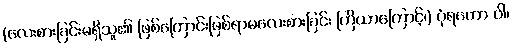
(လေးစားခြင်းမရှိသူ၏ ဖြစ်ကြောင်းဖြစ်ရာမလေးစားခြင်း ကြိယာကြောင့်၊) ပုံရတော ဝါ၊